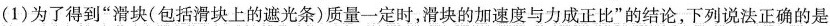
(1)为了得到”滑块(包括滑块上的遮光条)质量一定时，滑块的加速度与力成正比”的结论，下列说法正确的是